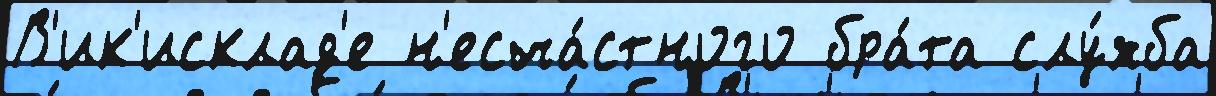
В'ик'исклад'е н'есча́стного бра́та слу́жба